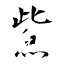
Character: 鮆